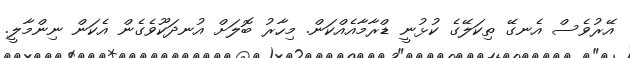
އޭރުވެސް އެނގޭ ތިކަލޭގެ ކުޅުނީ ޑްރާމާއެއްކަން. މިހާރު ބޮލަށް އުނދަކޫވެގެން އެކަން ނިންމާލީ.